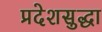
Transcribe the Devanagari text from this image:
प्रदेशसुद्धा